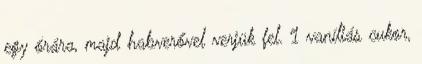
egy órára, majd habverővel verjük fel. 1 vaníliás cukor,